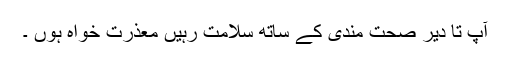
آپ تا دیر صحت مندی کے ساتھ سلامت رہیں معذرت خواہ ہوں ۔